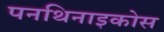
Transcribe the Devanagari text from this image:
पनथिनाइकोस